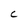
Character: C